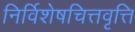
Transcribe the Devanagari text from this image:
निर्विशेषचित्तवृत्ति